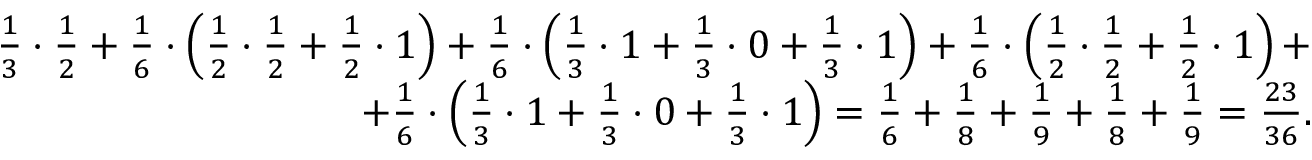
\begin{array} { r } { \frac { 1 } { 3 } \cdot \frac { 1 } { 2 } + \frac { 1 } { 6 } \cdot \left( \frac { 1 } { 2 } \cdot \frac { 1 } { 2 } + \frac { 1 } { 2 } \cdot 1 \right) + \frac { 1 } { 6 } \cdot \left( \frac { 1 } { 3 } \cdot 1 + \frac { 1 } { 3 } \cdot 0 + \frac { 1 } { 3 } \cdot 1 \right) + \frac { 1 } { 6 } \cdot \left( \frac { 1 } { 2 } \cdot \frac { 1 } { 2 } + \frac { 1 } { 2 } \cdot 1 \right) + } \\ { + \frac { 1 } { 6 } \cdot \left( \frac { 1 } { 3 } \cdot 1 + \frac { 1 } { 3 } \cdot 0 + \frac { 1 } { 3 } \cdot 1 \right) = \frac { 1 } { 6 } + \frac { 1 } { 8 } + \frac { 1 } { 9 } + \frac { 1 } { 8 } + \frac { 1 } { 9 } = \frac { 2 3 } { 3 6 } . } \end{array}